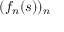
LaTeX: ( f _ { n } ( s ) ) _ { n }